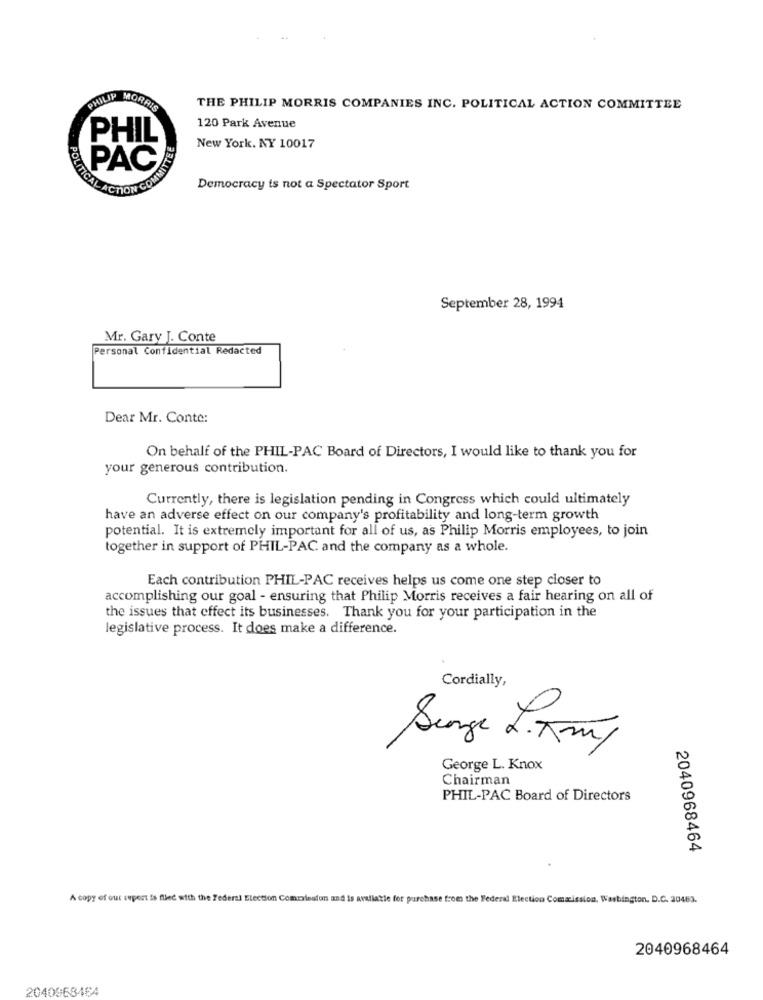
PHILIP MORRIS
THE PHILIP MORRIS COMPANIES INC. POLITICAL ACTION COMMITTEE
120 Park Avenue
PHIL
New York, NY 10017
POLI
PAC
Democracy is not a Spectator Sport
September 28, 1994
Mr. Gary J. Conte
Personal Confidential Redacted
Dear Mr. Conte:
On behalf of the PHIL-PAC Board of Directors, I would like to thank you for
your generous contribution.
Currently, there is legislation pending in Congress which could ultimately
have an adverse effect on our company's profitability and long-term growth
potential. It is extremely important for all of us, as Philip Morris employees, to join
together in support of PHIL-PAC and the company as a whole.
Each contribution PHIL-PAC receives helps us come one step closer to
accomplishing our goal - ensuring that Philip Morris receives a fair hearing on all of
the issues that effect its businesses. Thank you for your participation in the
legislative process. It does make a difference.
Cordially,
Senge L.Kmy
George L. Knox
Chairman
PHIL-PAC Board of Directors
2040968464
A copy of our epert is filed with the Federal Election Commission and is available for purchase from the Federal Election Commission, Washington, D.C. 20483.
2040968464
2040968484